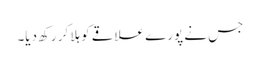
جس نے پورے علاقے کو ہلا کر رکھ دیا۔